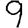
Digit: 9